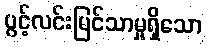
ပွင့်လင်းမြင်သာမှုရှိသော